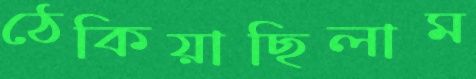
ঠেকিয়াছিলাম